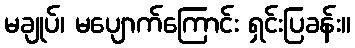
မချုပ်၊ မပျောက်ကြောင်း ရှင်းပြခန်း။